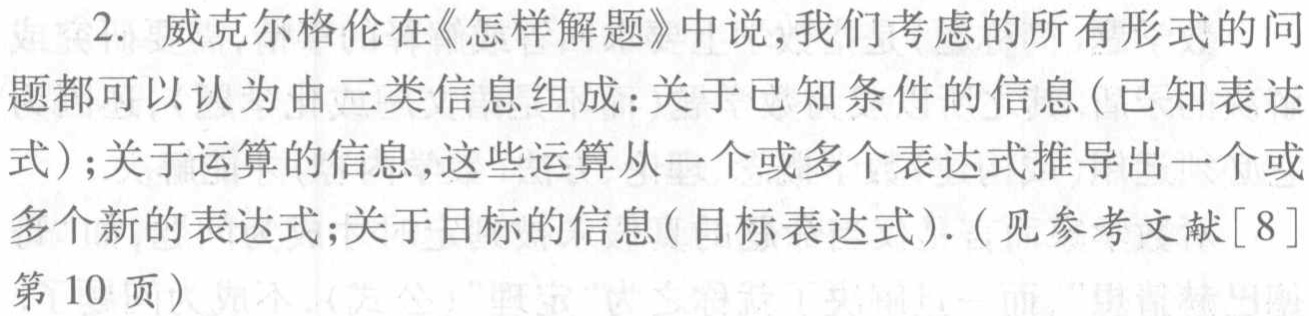
2. 威克尔格伦在《怎样解题》中说,我们考虑的所有形式的问题都可以认为由三类信息组成：关于已知条件的信息(已知表达式);关于运算的信息,这些运算从一个或多个表达式推导出一个或多个新的表达式;关于目标的信息(目标表达式).(见参考文献[8]第 10 页)